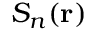
S _ { n } ( \mathbf { r } )